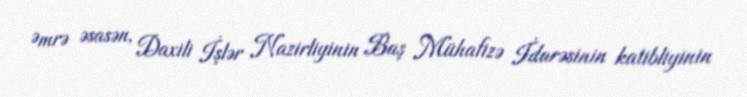
Əmrə əsasən, Daxili İşlər Nazirliyinin Baş Mühafizə İdarəsinin katibliyinin